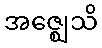
အဇ္ဈေသိ